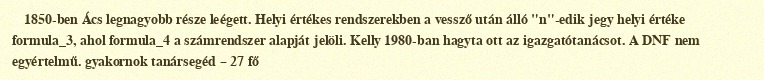
1850-ben Ács legnagyobb része leégett. Helyi értékes rendszerekben a vessző után álló "n"-edik jegy helyi értéke formula_3, ahol formula_4 a számrendszer alapját jelöli. Kelly 1980-ban hagyta ott az igazgatótanácsot. A DNF nem egyértelmű. gyakornok tanársegéd – 27 fő